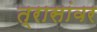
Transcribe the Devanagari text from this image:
त्रासांवर